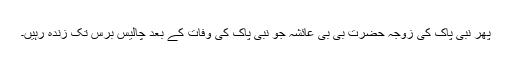
پھر نبی پاک کی زوجہ حضرت بی بی عائشہ جو نبی پاک کی وفات کے بعد چالیس برس تک زندہ رہیں۔